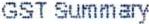
GST SUMMARY